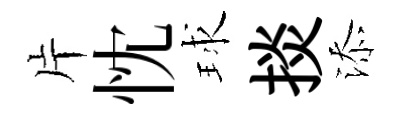
片忱球掞添